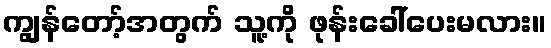
ကျွန်တော့်အတွက် သူ့ကို ဖုန်းခေါ်ပေးမလား။